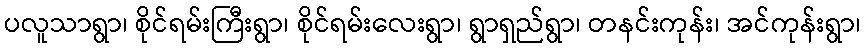
ပလူသာရွာ၊ စိုင်ရမ်းကြီးရွာ၊ စိုင်ရမ်းလေးရွာ၊ ရွာရှည်ရွာ၊ တနင်းကုန်း၊ အင်ကုန်းရွာ၊